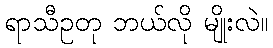
ရာသီဥတု ဘယ်လို မျိုးလဲ။